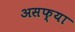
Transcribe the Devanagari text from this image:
असफ्या